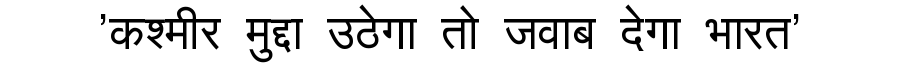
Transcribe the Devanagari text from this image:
'कश्मीर मुद्दा उठेगा तो जवाब देगा भारत'